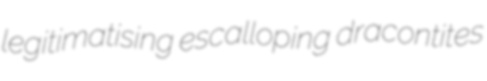
legitimatising escalloping dracontites